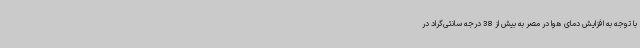
با توجه به افزایش دمای هوا در مصر به بیش از 38 درجه سانتی‌گراد در